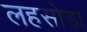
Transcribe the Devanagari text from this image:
लहसोड़ा